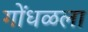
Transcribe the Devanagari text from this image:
गोंधळला